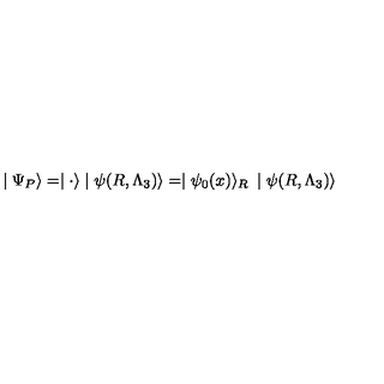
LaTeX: \mid \Psi _ { P } \rangle = \mid { \bf \cdot } \rangle \mid \psi ( R , \Lambda _ { 3 } ) \rangle = \mid \psi _ { 0 } ( x ) \rangle _ { R } \: \mid \psi ( R , \Lambda _ { 3 } ) \rangle